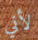
لأني